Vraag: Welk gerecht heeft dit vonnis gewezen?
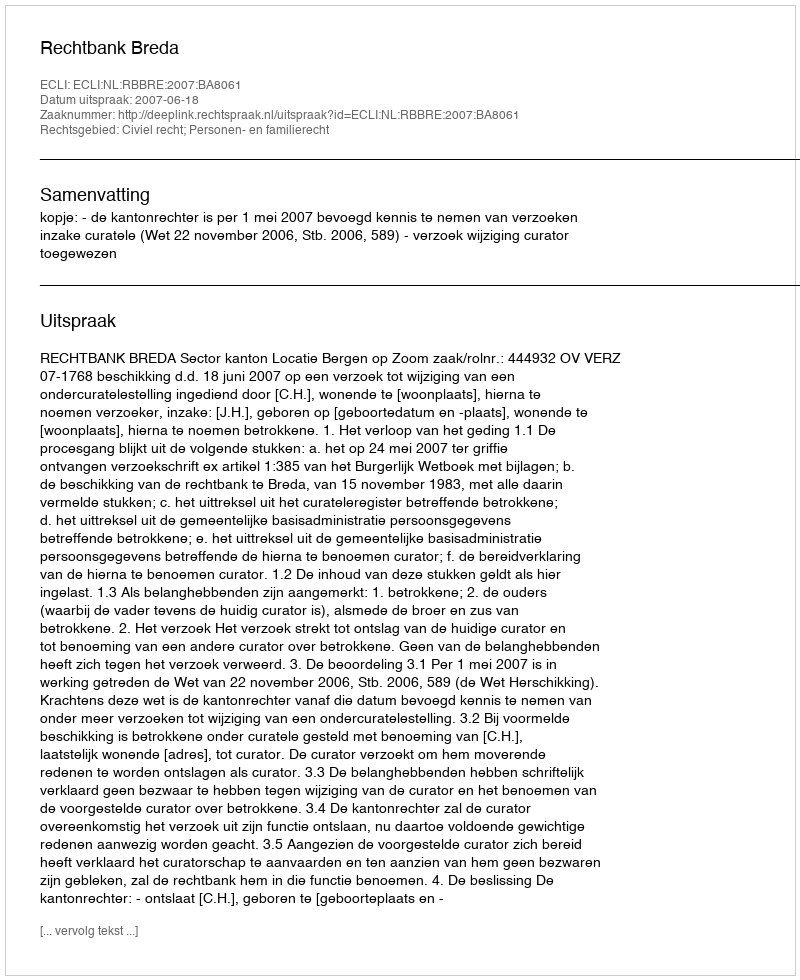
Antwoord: Rechtbank Breda